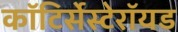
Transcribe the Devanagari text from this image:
कॉटिर्सेस्टेरॉयड